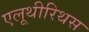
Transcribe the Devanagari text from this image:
एलूथीरिथस